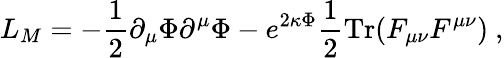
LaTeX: L_{M}=-\frac{1}{2}\partial_{\mu}\Phi\partial^{\mu}\Phi-e^{2\kappa\Phi}\frac{1}{2}\mathrm{Tr}(F_{\mu\nu}F^{\mu\nu})\ ,